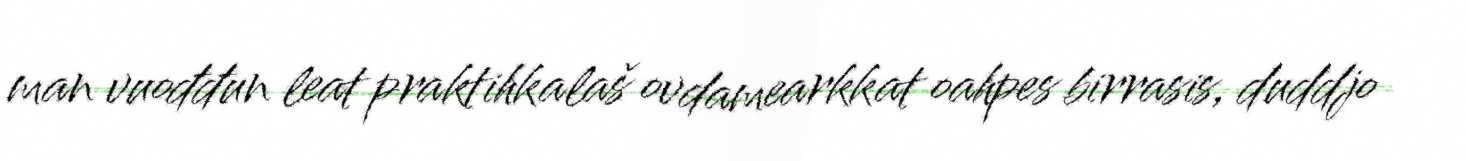
man vuođđun leat praktihkalaš ovdamearkkat oahpes birrasis, duddjo